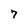
Character: 7